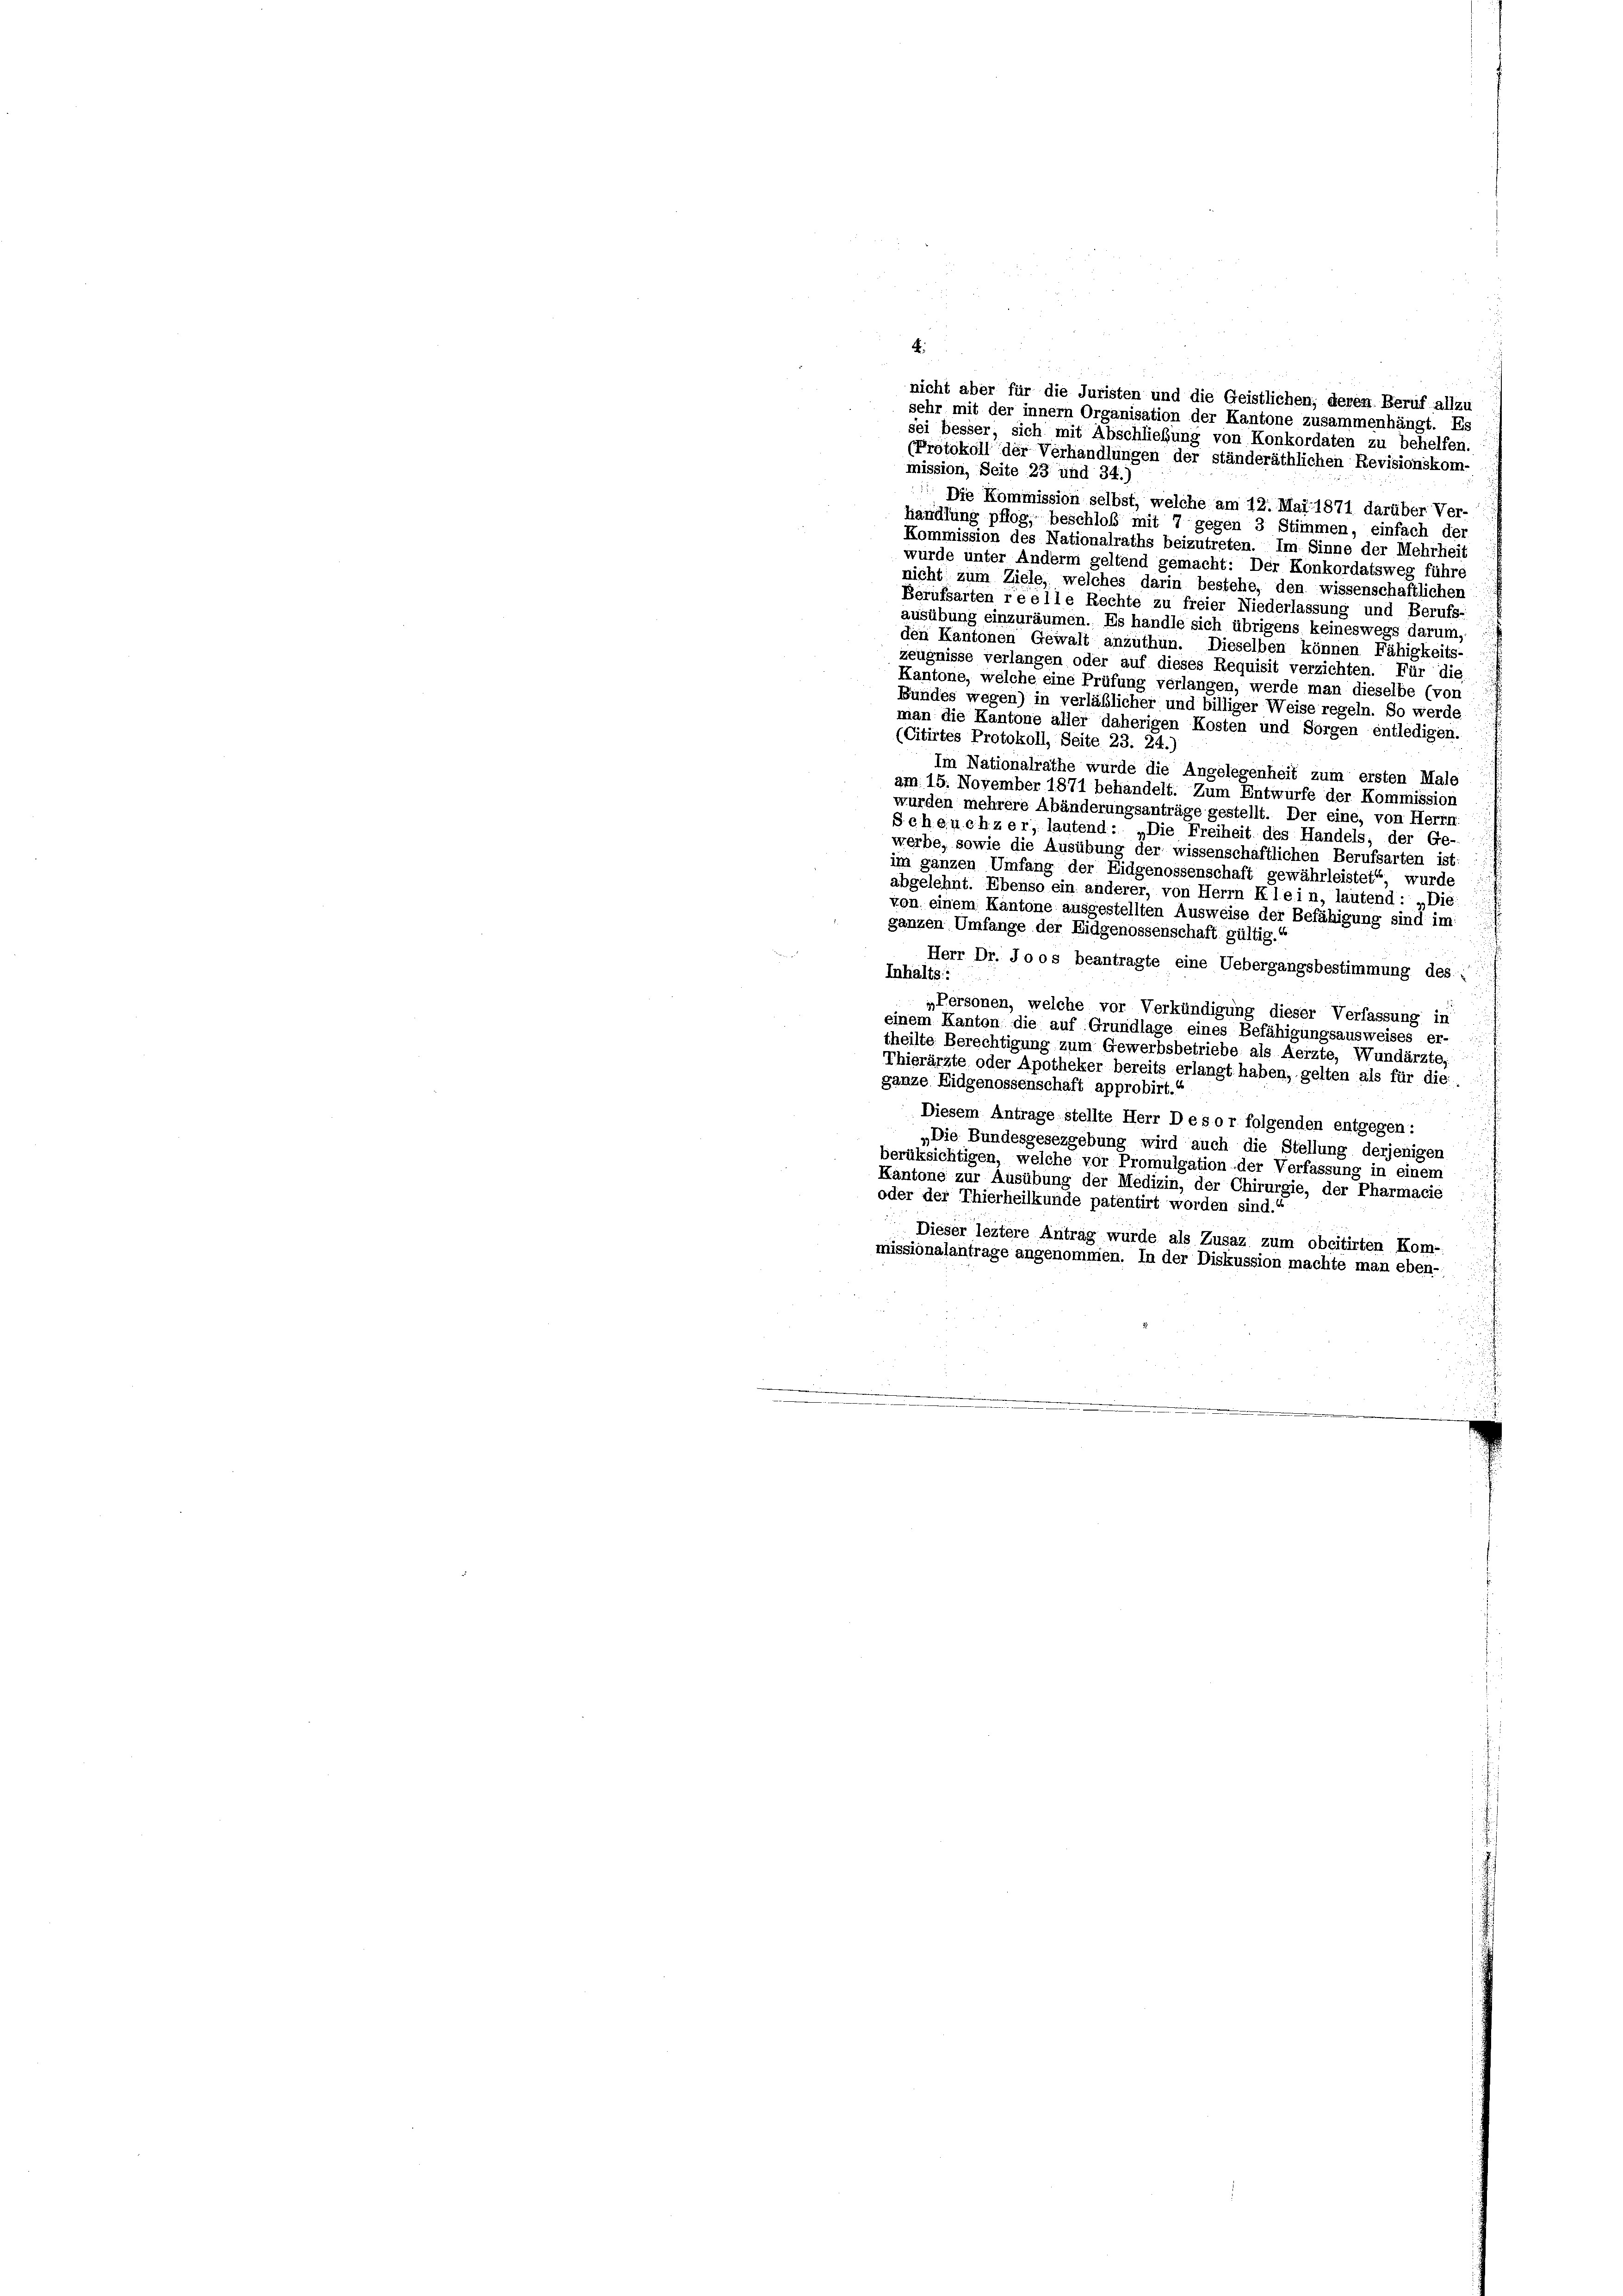
4.
nicht aber für die Juristen und die Geistlichen, deren Beruf allzu
sehr mit der innern Organisation der Kantone zusammenhängt. Es
sei besser, sich mit Abschließung von Konkordaten zu behelfen.
(Protokoll der Verhandlungen der ständeräthlichen Revisionskom-
mission, Seite 23 und 34.)
 Die Kommission selbst, welche am 12. Mai 1871 darüber Ver-
handlung pflog, beschloß mit 7 gegen 3 Stimmen, einfach der
Kommission des Nationalraths beizutreten. Im Sinne der Mehrheit
wurde unter Anderni geltend gemacht: Der Konkordatsweg führe
nicht zum Ziele, welches darin bestehe, den wissenschaftlichen
Berufsarten reelle Rechte zu freier Niederlassung und Berufs-
ausübung einzuräumen. Es handle sich übrigens keineswegs darum,
den Kantonen Gewalt anzuthun. Dieselben können Fähigkeits-
zeugnisse verlangen oder auf dieses Requisit verzichten. Für die
Kantone, welche eine Prüfung verlangen, werde man dieselbe (von
Bundes wegen) in verläßlicher und billiger Weise regeln. So werde
man die Kantone aller daherigen Kosten und Sorgen entledigen.
(Citirtes Protokoll, Seite 23. 24.)
Im Nationalrathe wurde die Angelegenheit zum ersten Male
am 15. November 1871 behandelt. Zum Entwürfe der Kommission
wurden mehrere Abänderungsanträge gestellt. Der eine, von Herrn
Seheuchzer, lautend: „Die Freiheit des Handels; der Ge-
werbe, sowie die Ausübung der wissenschaftlichen Berufsarten ist:
im ganzen Umfang der Eidgenossenschaft gewährleistet“, wurde
abgelehnt. Ebenso ein anderer, von Herrn Klein, lautend : „Die
von einem Kantone ausgestellten Ausweise der Befähigung sind im
ganzen Umfange der Eidgenossenschaft gültig.
Herr Dr. Jo os beantragte eine Uebergangsbestimmung des
Inhalts:
„Personen, welche vor Verkündigung dieser Verfassung in
einem Kanton die auf Grundlage eines Befähigungsausweises er-
theilte Berechtigung zum Gewerbsbetriebe als Aerzte, Wundärzte,
Thierärzte oder Apotheker bereits erlangt haben, gelten als für die
ganze Eidgenossenschaft approbirt.
Diesem Antrage stellte Herr Desor folgenden entgegen:
„Die Bundesgesezgebung wird auch die Stellung derjenigen
berüksichtigen, welche vor Promulgation der Verfassung in einem
Kantone zur Ausübung der Medizin, der Chirurgie, der Pharmacie
oder der Thierheilkunde patentirt worden sind.“
Dieser leztere Antrag wurde als Zusaz zum obcitirten Kom-
missionalantrage angenommen. In der Diskussion machte man eben-
.